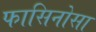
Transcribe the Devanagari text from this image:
फासिनोसा